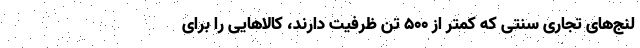
لنج‌های تجاری سنتی که کمتر از ۵۰۰ تن ظرفیت دارند، کالاهایی را برای